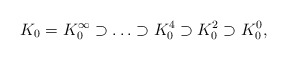
\begin{align*}K_0 =K_0^\infty\supset\ldots\supset K^4_0\supset K^2_0\supset K^0_0,\end{align*}